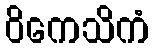
ဝိကေသိကံ